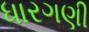
ધારગણી